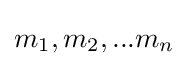
m_{1},m_{2},...m_{n}